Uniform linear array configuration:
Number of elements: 8
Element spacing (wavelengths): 0.25
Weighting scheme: exponential
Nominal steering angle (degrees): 60
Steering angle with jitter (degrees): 58.282
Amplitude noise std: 0.05
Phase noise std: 0.05

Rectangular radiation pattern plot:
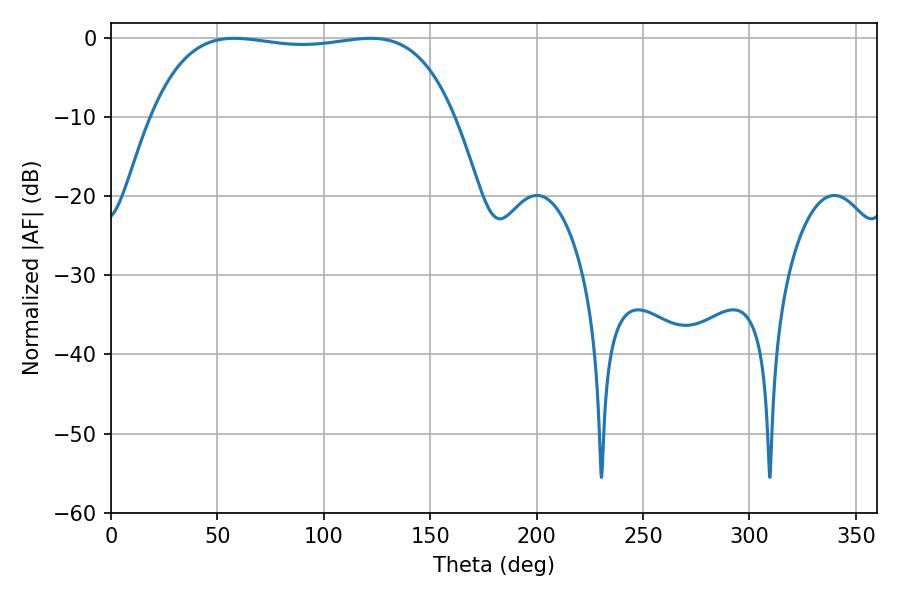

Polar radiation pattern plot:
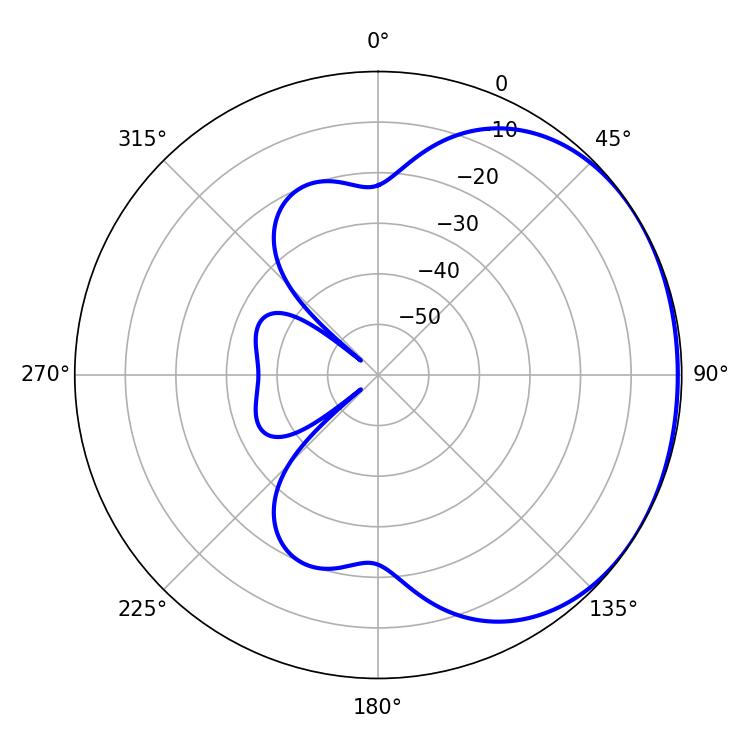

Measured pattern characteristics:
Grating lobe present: FALSE
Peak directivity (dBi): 1.105
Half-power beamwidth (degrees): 113.4
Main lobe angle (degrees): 57.96